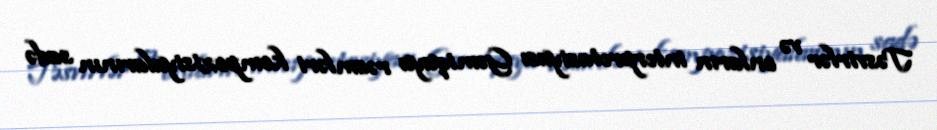
Təsvirlər və onların interpretasiyası Gəmiqaya rəsmləri kompozisiyalarının sadə